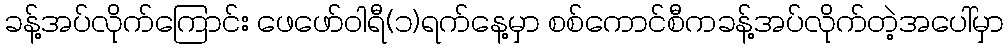
ခန့်အပ်လိုက်ကြောင်း ဖေဖော်ဝါရီ(၁)ရက်နေ့မှာ စစ်ကောင်စီကခန့်အပ်လိုက်တဲ့အပေါ်မှာ